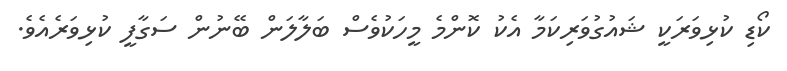
ކޯޑި ކުޅިވަރަކީ ޝައުގުވަރިކަމާ އެކު ކޮންމެ މީހަކުވެސް ބަލާލަން ބޭނުން ސަގާފީ ކުޅިވަރެއެވެ.